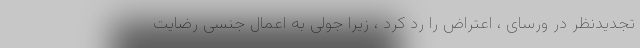
تجدیدنظر در ورسای ، اعتراض را رد کرد ، زیرا جولی به اعمال جنسی رضایت